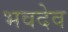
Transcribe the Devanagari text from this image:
भवदेव